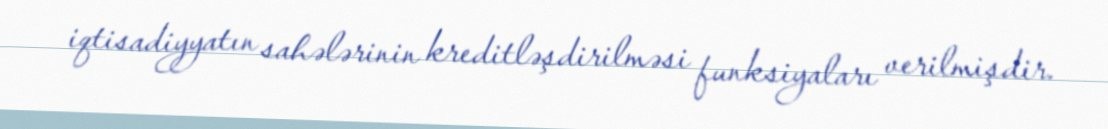
iqtisadiyyatın sahələrinin kreditləşdirilməsi funksiyaları verilmişdir.